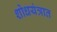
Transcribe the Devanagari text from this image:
शोधयंत्रात